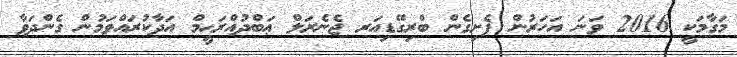
މަގާމަކީ 2016 ވަނަ އަހަރުން ފެށިގެން ބްރިގޭޑިއަރ ޖެނެރަލް ޢަބްދުއްރަޙީމް އަދާކުރައްވަމުން ގެންދަވާ